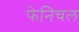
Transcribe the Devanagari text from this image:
फेनिचल